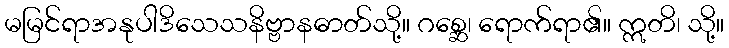
မမြင်ရာအနုပါဒိသေသနိဗ္ဗာနဓာတ်သို့။ ဂစ္ဆေ၊ ရောက်ရာ၏။ ဣတိ၊ သို့။